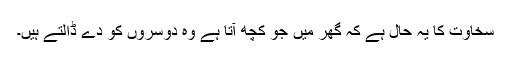
سخاوت کا یہ حال ہے کہ گھر میں جو کچھ آتا ہے وہ دوسروں کو دے ڈالتے ہیں۔